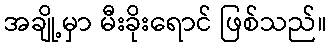
အချို့မှာ မီးခိုးရောင် ဖြစ်သည်။